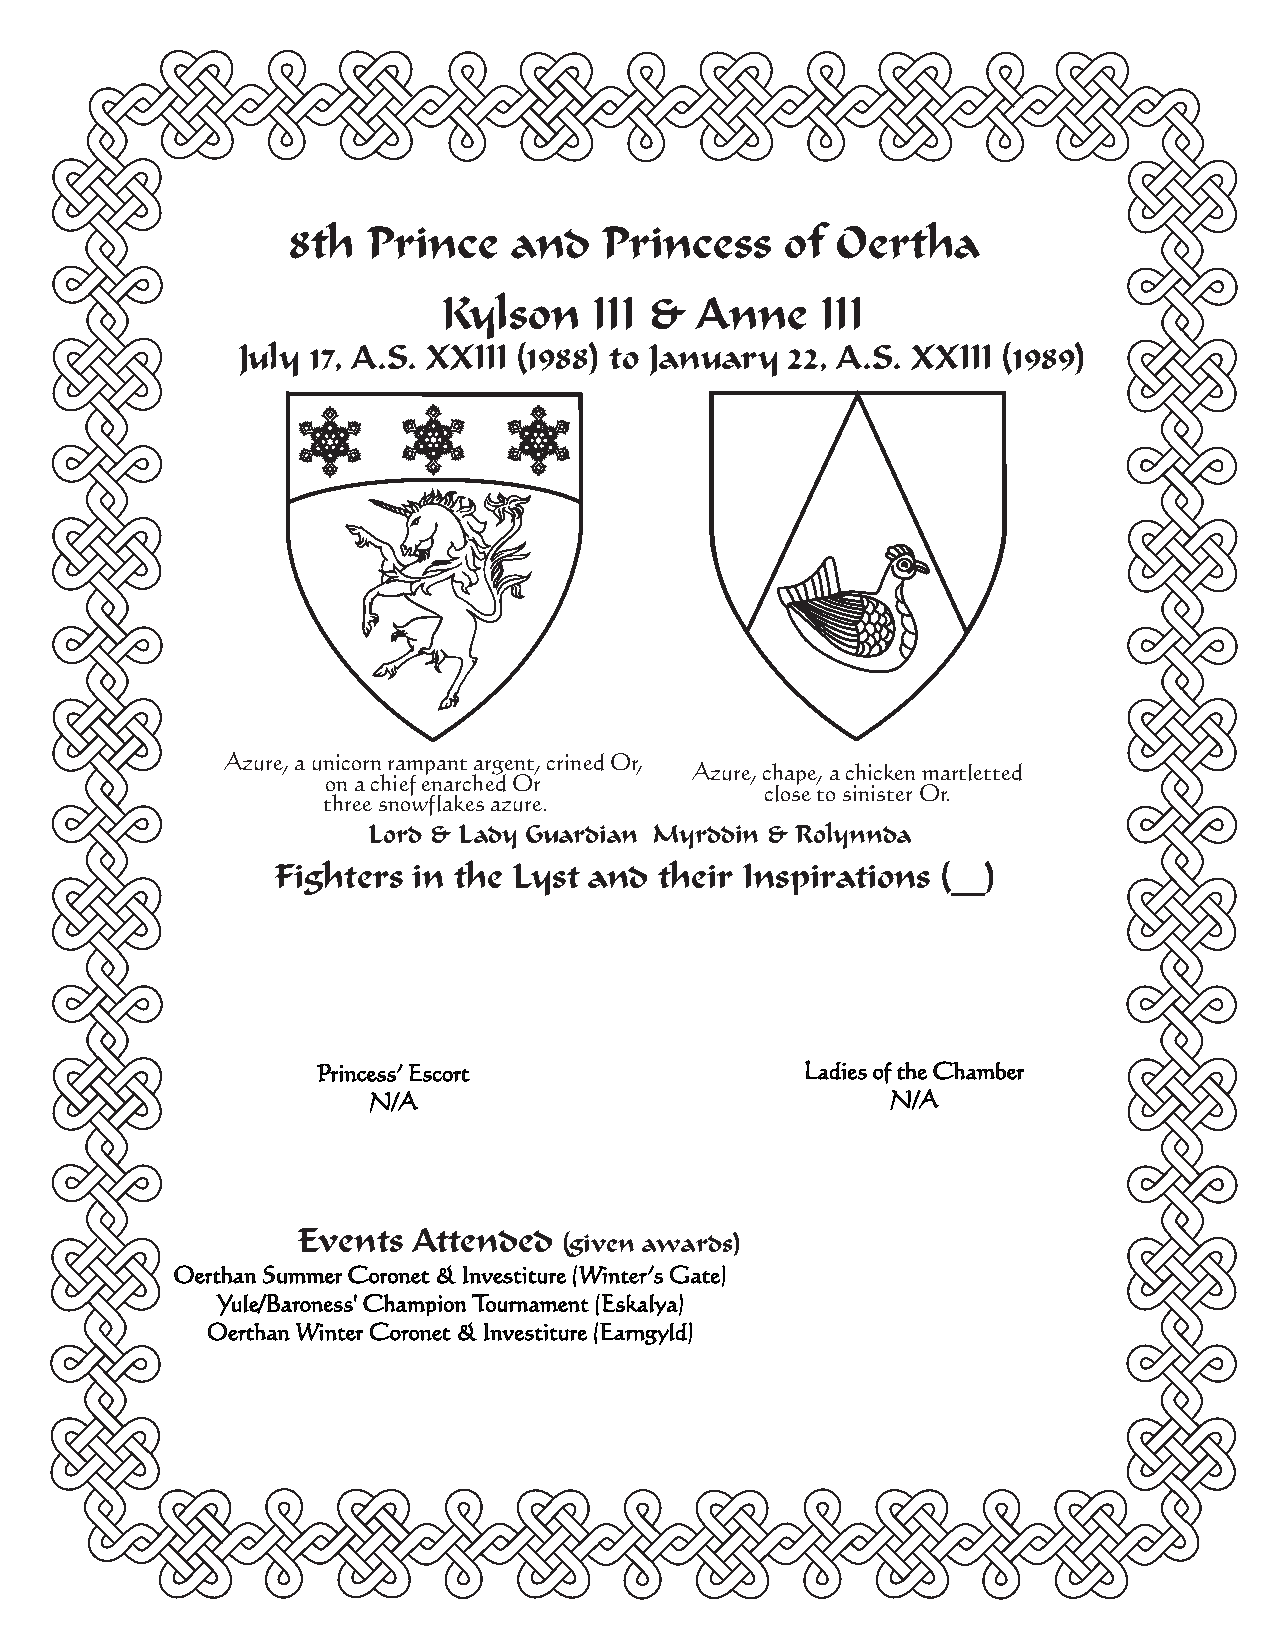
8th  Prince    and   Princess    of Oertha
 Kylson    III &  Anne    III
 July 17, A.S. XXIII (1988) to January 22, A.S. XXIII (1989)
 Azure, a unicorn rampant argent, crined Or,
 Azure, chape, a chicken martletted
 on a chief enarched Or
 close to sinister Or.
 three snowflakes azure.
 Lord & Lady Guardian Myrddin & Rolynnda
 Fighters in the Lyst and  their Inspirations (__)
 Princess’ Escort                Ladies of the Chamber
 N/A                                N/A
 Events Attended
 (given awards)
 Oerthan Summer Coronet & Investiture (Winter’s Gate)
 Yule/Baroness' Champion Tournament (Eskalya)
 Oerthan Winter Coronet & Investiture (Earngyld)